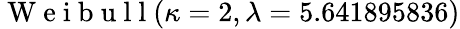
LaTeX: \mathrm{~W~e~i~b~u~l~l~}(\kappa=2,\lambda=5.641895836)